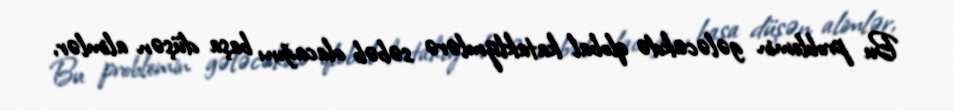
Bu problemin gələcəkdə qlobal kataklizmlərə səbəb olacağını başa düşən alimlər,